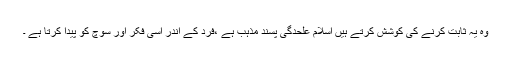
وہ یہ ثابت کرنے کی کوشش کرتے ہیں اسلام علحدگی پسند مذہب ہے ،فرد کے اندر اسی فکر اور سوچ کو پیدا کرتا ہے ۔